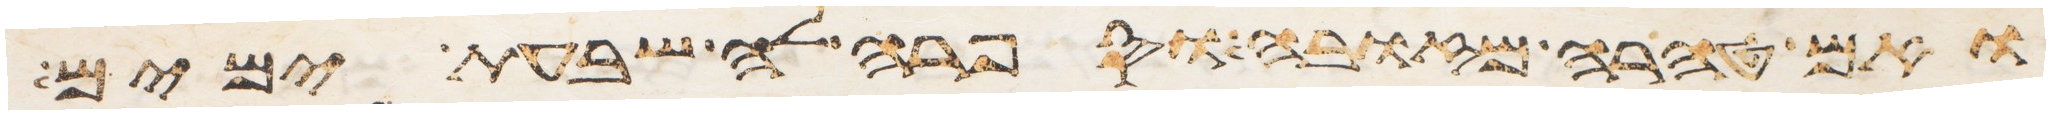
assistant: ואם טהרה מזובה וספרה לה שבעת ימים